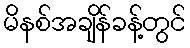
မိနစ်အချိန်ခန့်တွင်